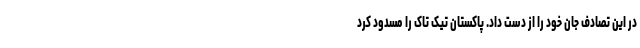
در این تصادف جان خود را از دست داد. پاکستان تیک ‌تاک را مسدود کرد